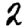
Digit: 2